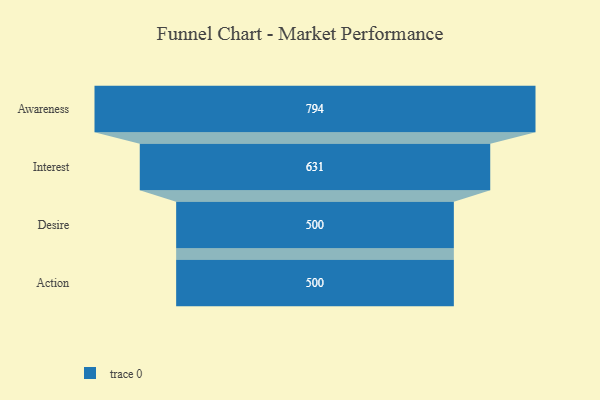
{"axis": {"x": "Stage", "y": "Value"}, "legend": [""], "data": [{"x": "Awareness", "y": 794.0, "type": ""}, {"x": "Interest", "y": 631.0, "type": ""}, {"x": "Desire", "y": 500, "type": ""}, {"x": "Action", "y": 500, "type": ""}]}